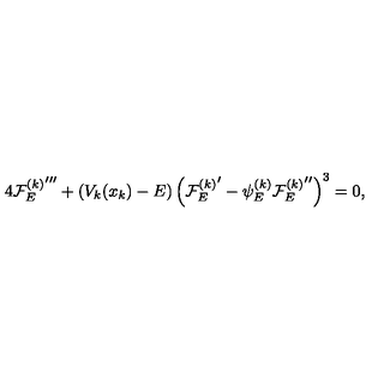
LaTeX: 4 { { \cal F } _ { E } ^ { ( k ) } } ^ { \prime \prime \prime } + ( V _ { k } ( x _ { k } ) - E ) \left( { { \cal F } _ { E } ^ { ( k ) } } ^ { \prime } - \psi _ { E } ^ { ( k ) } { { \cal F } _ { E } ^ { ( k ) } } ^ { \prime \prime } \right) ^ { 3 } = 0 ,